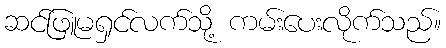
ဆင်ဖြူမရှင်လက်သို့ ကမ်းပေးလိုက်သည်။